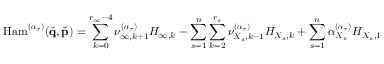
\mathrm { H a m } ^ { ( \boldsymbol { \alpha } _ { \tau } ) } ( \check { \mathbf { q } } , \check { \mathbf { p } } ) = \sum _ { k = 0 } ^ { r _ { \infty } - 4 } \nu _ { \infty , k + 1 } ^ { ( \boldsymbol { \alpha } _ { \tau } ) } H _ { \infty , k } - \sum _ { s = 1 } ^ { n } \sum _ { k = 2 } ^ { r _ { s } } \nu _ { X _ { s } , k - 1 } ^ { ( \boldsymbol { \alpha } _ { \tau } ) } H _ { X _ { s } , k } + \sum _ { s = 1 } ^ { n } \alpha _ { X _ { s } } ^ { ( \boldsymbol { \alpha } _ { \tau } ) } H _ { X _ { s } , 1 }